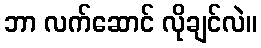
ဘာ လက်ဆောင် လိုချင်လဲ။